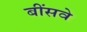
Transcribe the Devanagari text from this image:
बींसवे